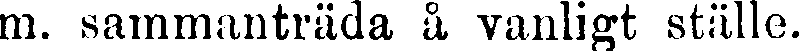
m. sammanträda å vanligt ställe.